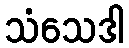
သံသေဒါ